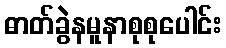
ဓာတ်ခွဲနမူနာစုစုပေါင်း